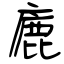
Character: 廘